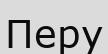
Перу